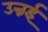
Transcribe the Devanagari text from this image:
उन्नई